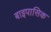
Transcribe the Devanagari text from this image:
बाइपासिक